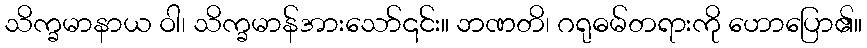
သိက္ခမာနာယ ဝါ၊ သိက္ခမာန်အားသော်၎င်း။ ဘဏတိ၊ ဂရုဓမ်တရားကို ဟောပြော၏။